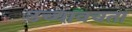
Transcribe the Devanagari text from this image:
उच्चावचता